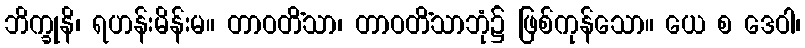
ဘိက္ခုနိ၊ ရဟန်းမိန်းမ။ တာဝတိံသာ၊ တာဝတိံသာဘုံ၌ ဖြစ်ကုန်သော။ ယေ စ ဒေဝါ၊